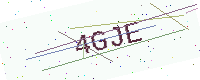
Text: 4GJE